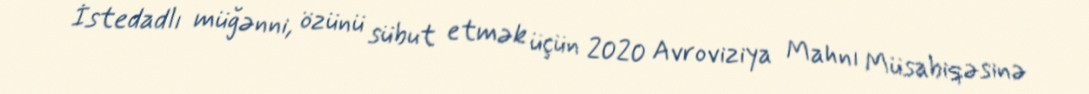
İstedadlı müğənni, özünü sübut etmək üçün 2020 Avroviziya Mahnı Müsabiqəsinə